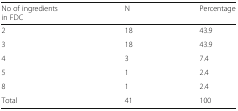
<table><thead><tr><td><b>No of ingredientsin FDC</b></td><td><b>N</b></td><td><b>Percentage</b></td></tr></thead><tbody><tr><td>2</td><td>18</td><td>43.9</td></tr><tr><td>3</td><td>18</td><td>43.9</td></tr><tr><td>4</td><td>3</td><td>7.4</td></tr><tr><td>5</td><td>1</td><td>2.4</td></tr><tr><td>8</td><td>1</td><td>2.4</td></tr><tr><td>Total</td><td>41</td><td>100</td></tr></tbody></table>